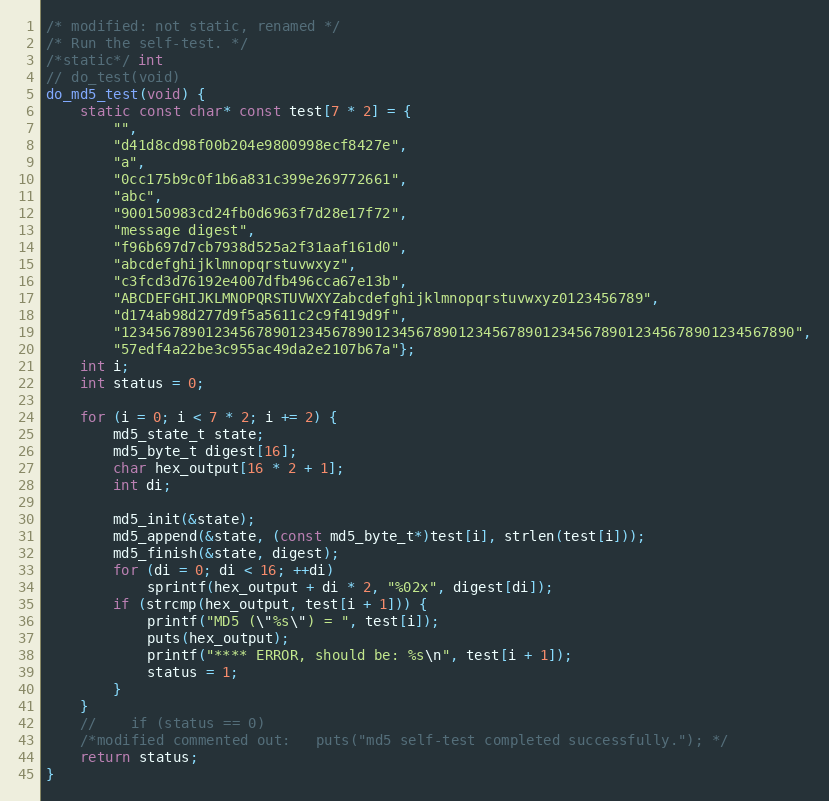
Language: C++
/* modified: not static, renamed */
/* Run the self-test. */
/*static*/ int
// do_test(void)
do_md5_test(void) {
    static const char* const test[7 * 2] = {
        "",
        "d41d8cd98f00b204e9800998ecf8427e",
        "a",
        "0cc175b9c0f1b6a831c399e269772661",
        "abc",
        "900150983cd24fb0d6963f7d28e17f72",
        "message digest",
        "f96b697d7cb7938d525a2f31aaf161d0",
        "abcdefghijklmnopqrstuvwxyz",
        "c3fcd3d76192e4007dfb496cca67e13b",
        "ABCDEFGHIJKLMNOPQRSTUVWXYZabcdefghijklmnopqrstuvwxyz0123456789",
        "d174ab98d277d9f5a5611c2c9f419d9f",
        "12345678901234567890123456789012345678901234567890123456789012345678901234567890",
        "57edf4a22be3c955ac49da2e2107b67a"};
    int i;
    int status = 0;

    for (i = 0; i < 7 * 2; i += 2) {
        md5_state_t state;
        md5_byte_t digest[16];
        char hex_output[16 * 2 + 1];
        int di;

        md5_init(&state);
        md5_append(&state, (const md5_byte_t*)test[i], strlen(test[i]));
        md5_finish(&state, digest);
        for (di = 0; di < 16; ++di)
            sprintf(hex_output + di * 2, "%02x", digest[di]);
        if (strcmp(hex_output, test[i + 1])) {
            printf("MD5 (\"%s\") = ", test[i]);
            puts(hex_output);
            printf("**** ERROR, should be: %s\n", test[i + 1]);
            status = 1;
        }
    }
    //    if (status == 0)
    /*modified commented out:   puts("md5 self-test completed successfully."); */
    return status;
}